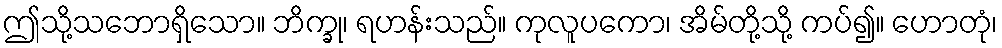
ဤသို့သဘောရှိသော။ ဘိက္ခု၊ ရဟန်းသည်။ ကုလူပကော၊ အိမ်တို့သို့ ကပ်၍။ ဟောတုံ၊